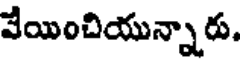
వేయించియున్నారు.